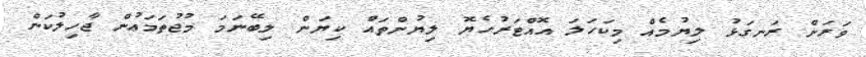
ވަރަށް ރަނގަޅު ލިޔުމެއް މިކަހަލަ އޮއްޓަރުހެޔޮ ލިޔުންތައް ކިޔަން ލިބޭނަމަ މުޖުތަމަޢުން ޖާހިލުކަން